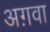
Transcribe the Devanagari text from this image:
अग़वा